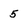
Character: 5